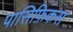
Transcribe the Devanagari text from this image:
पासिफ़िकस